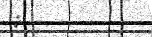
: